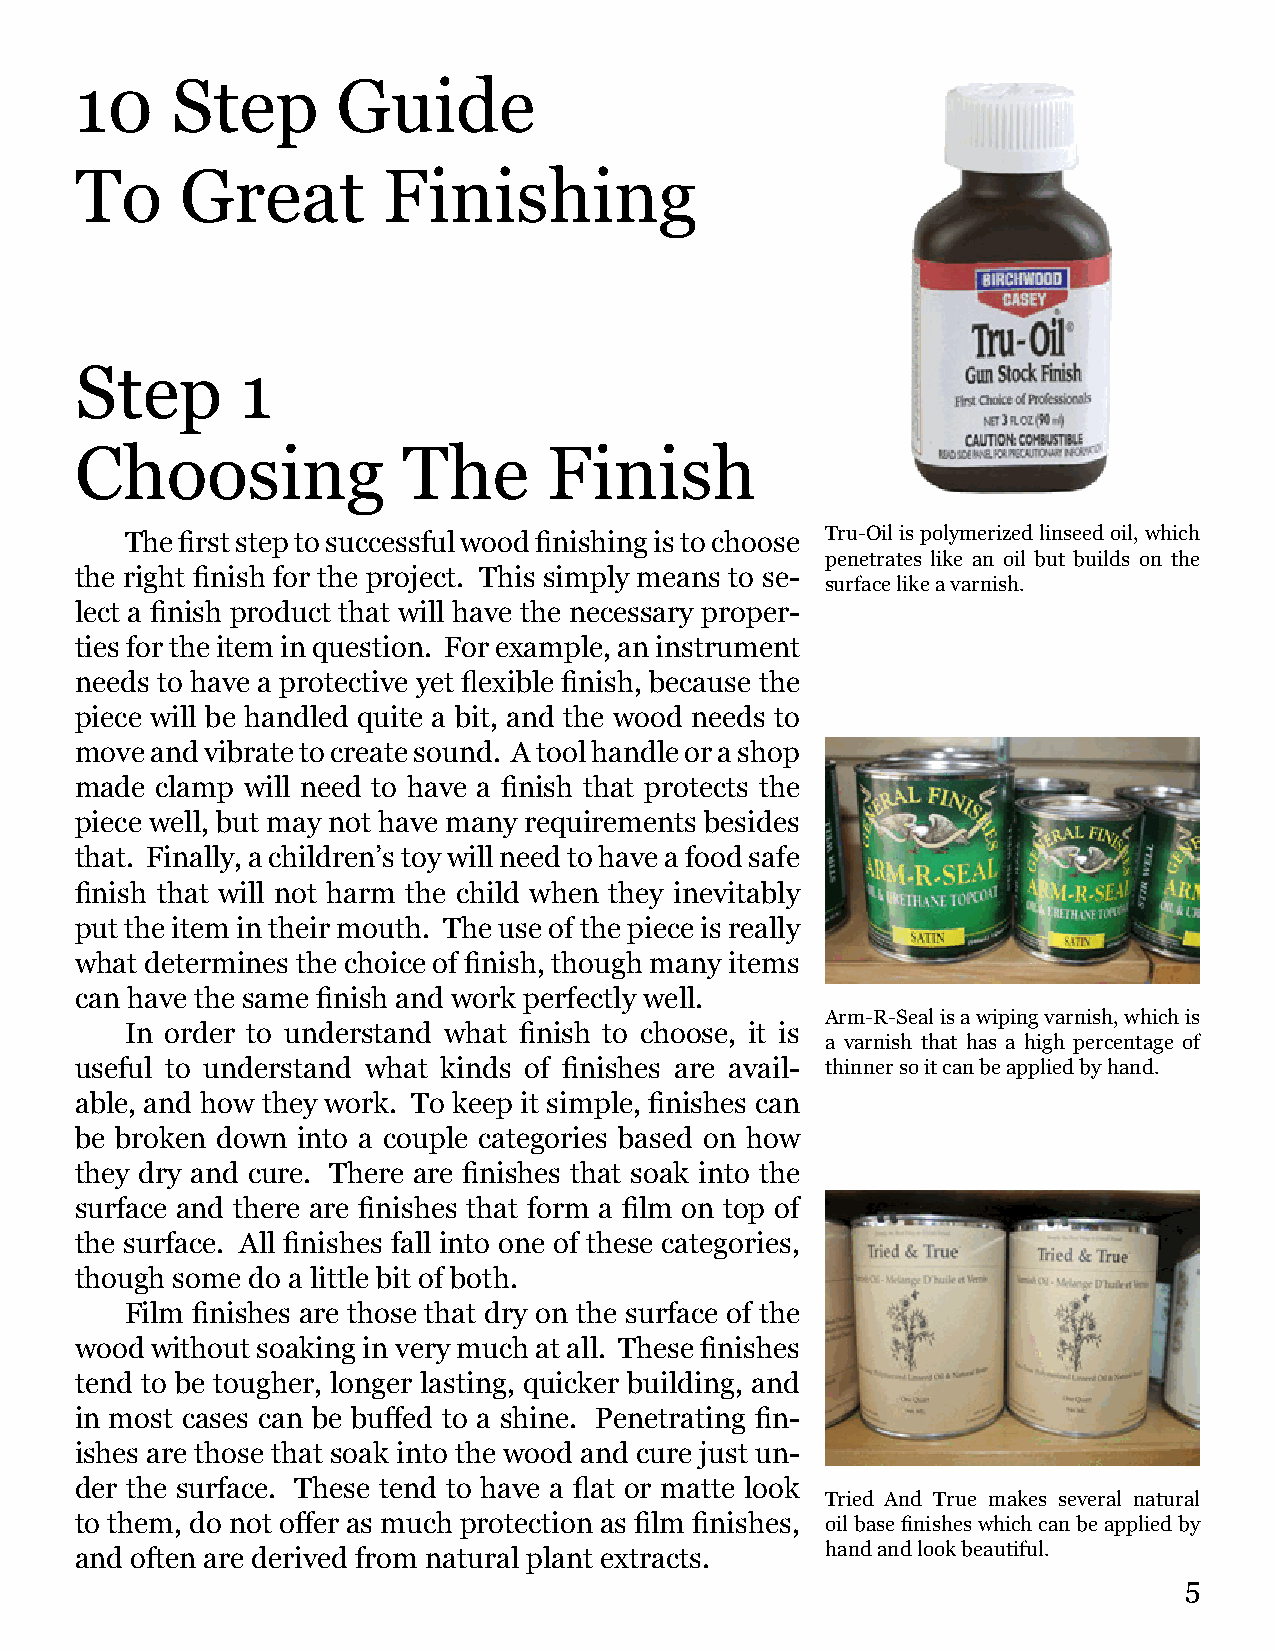
10    Step       Guide
 To     Great        Finishing
 Step       1
 Choosing              The      Finish
 The first step to successful wood finishing is to choose Tru-Oil is polymerized linseed oil, which
 penetrates like an oil but builds on the
 the right finish for the project. This simply means to se-
 surface like a varnish.
 lect a finish product that will have the necessary proper-
 ties for the item in question. For example, an instrument
 needs to have a protective yet flexible finish, because the
 piece will be handled quite a bit, and the wood needs to
 move and vibrate to create sound. A tool handle or a shop
 made clamp will need to have a finish that protects the
 piece well, but may not have many requirements besides
 that. Finally, a children’s toy will need to have a food safe
 finish that will not harm the child when they inevitably
 put the item in their mouth. The use of the piece is really
 what determines the choice of finish, though many items
 can have the same finish and work perfectly well.
 Arm-R-Seal is a wiping varnish, which is
 In order to understand what finish to choose, it is
 a varnish that has a high percentage of
 useful to understand what kinds of finishes are avail- thinner so it can be applied by hand.
 able, and how they work. To keep it simple, finishes can
 be broken down into a couple categories based on how
 they dry and cure. There are finishes that soak into the
 surface and there are finishes that form a film on top of
 the surface. All finishes fall into one of these categories,
 though some do a little bit of both.
 Film finishes are those that dry on the surface of the
 wood without soaking in very much at all. These finishes
 tend to be tougher, longer lasting, quicker building, and
 in most cases can be buffed to a shine. Penetrating fin-
 ishes are those that soak into the wood and cure just un-
 der the surface. These tend to have a flat or matte look
 Tried And True makes several natural
 to them, do not offer as much protection as film finishes, oil base finishes which can be applied by
 and often are derived from natural plant extracts. hand and look beautiful.
 5